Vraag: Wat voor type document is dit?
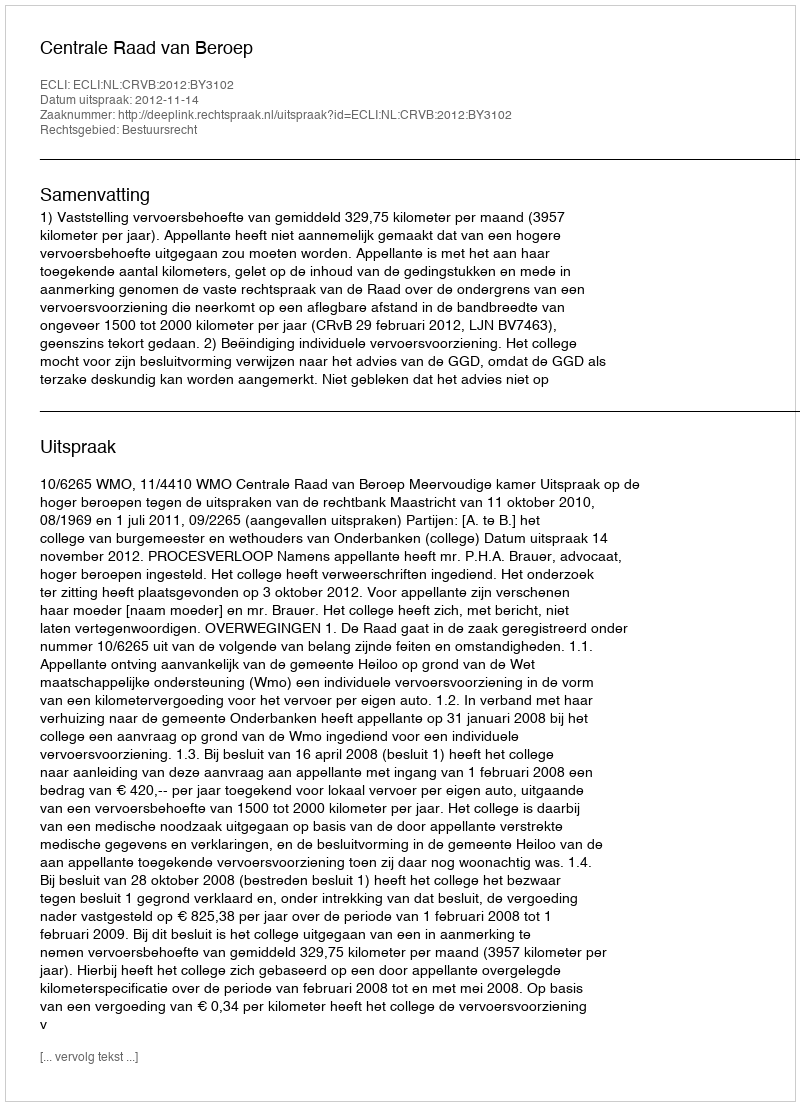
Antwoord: Uitspraak